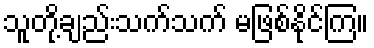
သူတို့ချည်းသက်သက် မဖြစ်နိုင်ကြ။